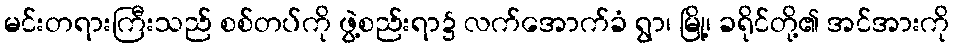
မင်းတရားကြီးသည် စစ်တပ်ကို ဖွဲ့စည်းရာ၌ လက်အောက်ခံ ရွာ၊ မြို့၊ ခရိုင်တို့၏ အင်အားကို